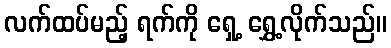
လက်ထပ်မည့် ရက်ကို ရှေ့ ရွှေ့လိုက်သည်။